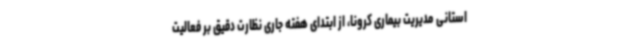
استانی مدیریت بیماری کرونا، از ابتدای هفته جاری نظارت دقیق بر فعالیت